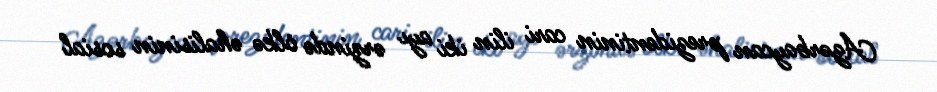
Azərbaycan prezidentinin cari ilin iki ayı ərzində ölkə əhalisinin sosial